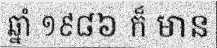
ឆ្នាំ ១៩៨៦ ក៏ មាន